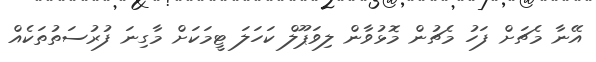
އޭނާ މެޗަށް ފަހު މެޗުން މޮޅުވާން ލިވަޕޫލް ކަހަލަ ޓީމަކަށް މާގިނަ ފުރުސަތުތަކެއް